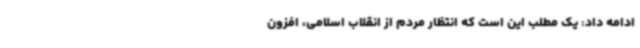
ادامه داد: یک مطلب این است که انتظار مردم از انقلاب اسلامی، افزون